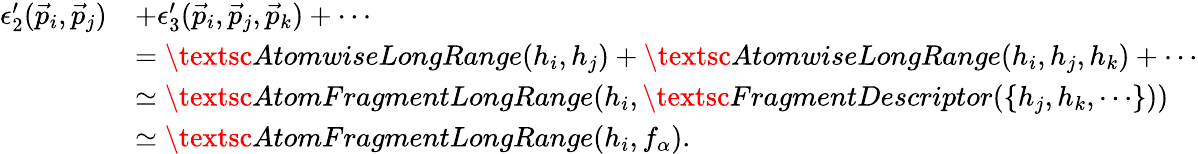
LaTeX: \begin{array}{rl}{\epsilon_{2}^{\prime}(\vec{p}_{i},\vec{p}_{j})}&{+\epsilon_{3}^{\prime}(\vec{p}_{i},\vec{p}_{j},\vec{p}_{k})+\cdots}\\ &{=\textsc{AtomwiseLongRange}(h_{i},h_{j})+\textsc{AtomwiseLongRange}(h_{i},h_{j},h_{k})+\cdots}\\ &{\simeq\textsc{AtomFragmentLongRange}(h_{i},\textsc{FragmentDescriptor}(\{ h_{j},h_{k},\cdots\} ))}\\ &{\simeq\textsc{AtomFragmentLongRange}(h_{i},f_{\alpha}).}\end{array}